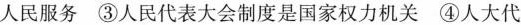
人民服务 ③人民代表大会制度是国家权力机关 ④人大代